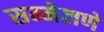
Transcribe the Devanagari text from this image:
सम्मेलणे